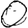
Digit: 0